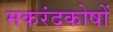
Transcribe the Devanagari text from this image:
मकरंदकोषों